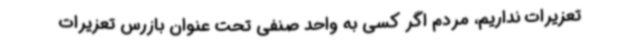
تعزیرات نداریم، مردم اگر کسی به واحد صنفی تحت عنوان بازرس تعزیرات